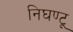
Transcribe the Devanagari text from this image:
निघण्टू